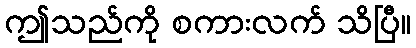
ဤသည်ကို စကားလက် သိပြီ။